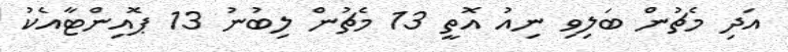
އަދި މެޗުން ބަލިވި ނިއު އޮތީ 13 މެޗުން ލިބުނު 13 ޕޮއިންޓާއެކު